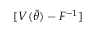
[ V ( \hat { \theta } ) - F ^ { - 1 } ]